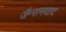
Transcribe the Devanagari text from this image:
जैन्सनवाद